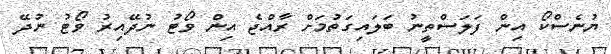
ޔުނެސްކޯ އިން ފަލަސްތީނު ބަލައިގަތުމަށް ރާއްޖެ އިން ވޯޓު ނުދޭއިރު ވޯޓު ނުދޭ